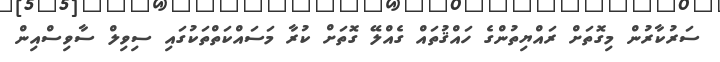
ސަރުކާރުން މިގޮތަށް ރައްޔިތުންގެ ހައްޤުތައް ގެއްލޭ ގޮތަށް ކުރާ މަސައްކަތްތަކުގައި ސިވިލް ސާވިސްއިން